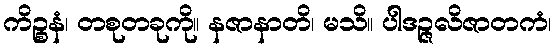
ကိဉ္စနံ၊ တစုတခုကို။ နဇာနာတိ၊ မသိ။ ပါဒဉ္ဇလိဇာတကံ၊